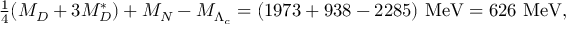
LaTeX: \textstyle { \frac { 1 } { 4 } } ( M _ { D } + 3 M _ { D } ^ { * } ) + M _ { N } - M _ { \Lambda _ { c } } = ( 1 9 7 3 + 9 3 8 - 2 2 8 5 ) \mathrm { ~ M e V } = 6 2 6 \mathrm { ~ M e V } ,